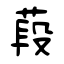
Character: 葮